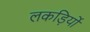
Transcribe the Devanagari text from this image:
लकड़िर्यो